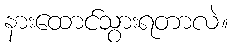
နားထောင်သွားရတာလဲ။